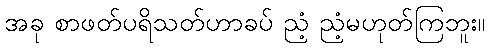
အခု စာဖတ်ပရိသတ်ဟာခပ် ညံ့ ညံ့မဟုတ်ကြဘူး။